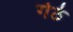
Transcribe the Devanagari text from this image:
गेठे